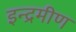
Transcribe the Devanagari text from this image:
इन्द्रमीण